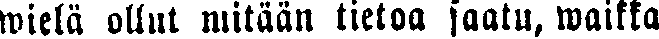
wielä ollut mitään tietoa saatu, waikka